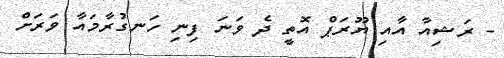
- ރަޝިއާ އާއި ޔޫރަޕް އޮތީ ދެ ވަނަ ފިނި ހަނގުރާމައާ ވަރަށް